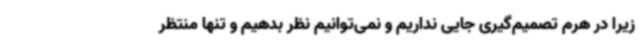
زیرا در هرم تصمیم‌گیری جایی نداریم و نمی‌توانیم نظر بدهیم و تنها منتظر